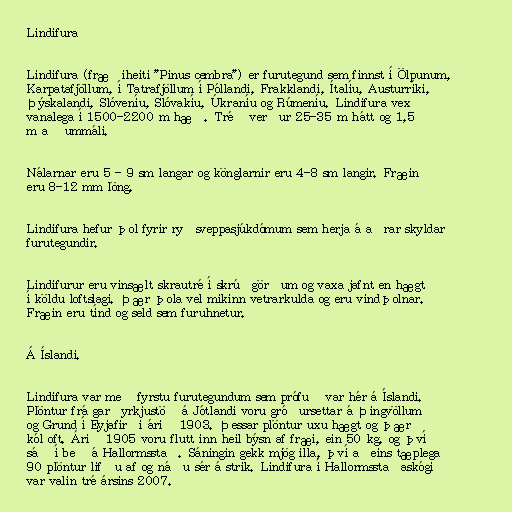
Lindifura

Lindifura (fræðiheiti "Pinus cembra") er furutegund sem finnst í Ölpunum,
Karpatafjöllum, í Tatrafjöllum í Póllandi, Frakklandi, Ítalíu, Austurríki,
Þýskalandi, Slóveníu, Slóvakíu, Úkraníu og Rúmeníu. Lindifura vex
vanalega í 1500-2200 m hæð. Tréð verður 25-35 m hátt og 1,5
m að ummáli.

Nálarnar eru 5 - 9 sm langar og könglarnir eru 4-8 sm langir. Fræin
eru 8-12 mm löng.

Lindifura hefur þol fyrir ryðsveppasjúkdómum sem herja á aðrar skyldar
furutegundir.

Lindifurur eru vinsælt skrautré í skrúðgörðum og vaxa jafnt en hægt
í köldu loftslagi. Þær þola vel mikinn vetrarkulda og eru vindþolnar.
Fræin eru tínd og seld sem furuhnetur.

Á Íslandi.

Lindifura var með fyrstu furutegundum sem prófuð var hér á Íslandi.
Plöntur frá garðyrkjustöð á Jótlandi voru gróðursettar á Þingvöllum
og Grund í Eyjafirði árið 1903. Þessar plöntur uxu hægt og þær
kól oft. Árið 1905 voru flutt inn heil býsn af fræi, ein 50 kg, og því
sáð í beð á Hallormsstað. Sáningin gekk mjög illa, því aðeins tæplega
90 plöntur lifðu af og náðu sér á strik. Lindifura í Hallormsstaðaskógi
var valin tré ársins 2007.